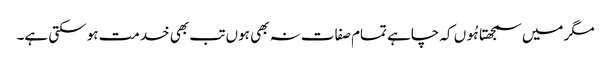
مگر میں سمجھتا ہُوں کہ چاہے تمام صفات نہ بھی ہوں تب بھی خدمت ہو سکتی ہے۔